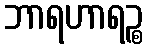
ဘာရဟာရဉ္စ